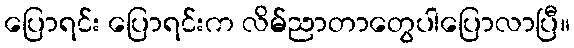
ပြောရင်း ပြောရင်းက လိမ်ညာတာတွေပါပြောလာပြီ။